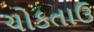
ચોકતાઉ